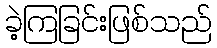
ခဲ့ကြခြင်းဖြစ်သည်